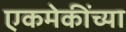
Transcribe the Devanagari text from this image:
एकमेकींच्या